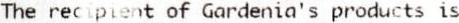
THE RECIPIENT OF GARDENIA'S PRODUCTS IS